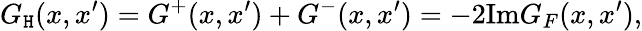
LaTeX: G_{\mathtt{H}}(x,x^{\prime})=G^{+}(x,x^{\prime})+G^{-}(x,x^{\prime})=-2\mathrm{{Im}}G_{F}(x,x^{\prime}),